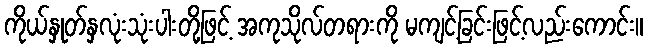
ကိုယ်နှုတ်နှလုံးသုံးပါးတို့ဖြင့် အကုသိုလ်တရားကို မကျင့်ခြင်းဖြင့်လည်းကောင်း။